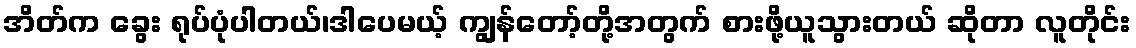
အိတ်က ခွေး ရုပ်ပုံပါတယ်၊ဒါပေမယ့် ကျွန်တော့်တို့အတွက် စားဖို့ယူသွားတယ် ဆိုတာ လူတိုင်း